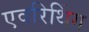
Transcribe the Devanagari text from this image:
एवरिथिंग